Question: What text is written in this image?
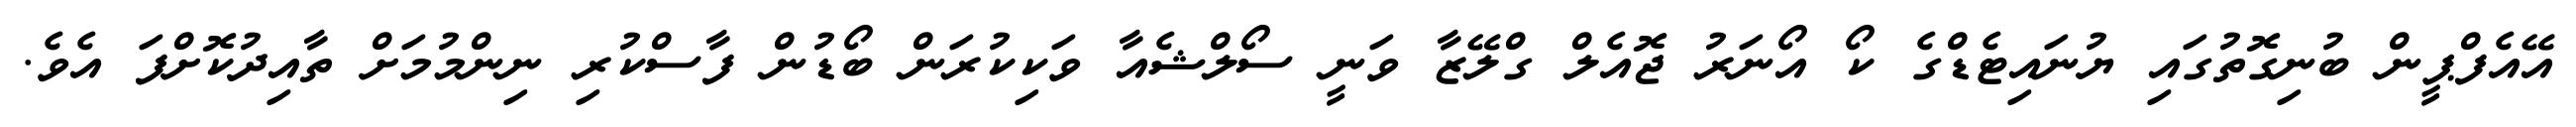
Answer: އޭއެފްޕީން ބުނިގޮތުގައި ޔުނައިޓެޑްގެ ކޯ އޯނަރު ޖޮއެލް ގްލޭޒާ ވަނީ ސޯލްޝެއާ ވަކިކުރަން ބޯޑުން ފާސްކުރި ނިންމުމަށް ތާއިދުކޮށްފަ އެވެ.